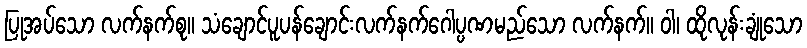
ပြုအပ်သော လက်နက်စု။ သံချောင်ပူပန်ချောင်းလက်နက်ဂေါပ္ပဏမည်သော လက်နက်။ ဝါ၊ ထိုလုန်းချုံသော